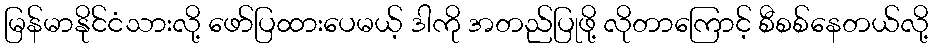
မြန်မာနိုင်ငံသားလို့ ဖော်ပြထားပေမယ့် ဒါကို အတည်ပြုဖို့ လိုတာကြောင့် စီစစ်နေတယ်လို့